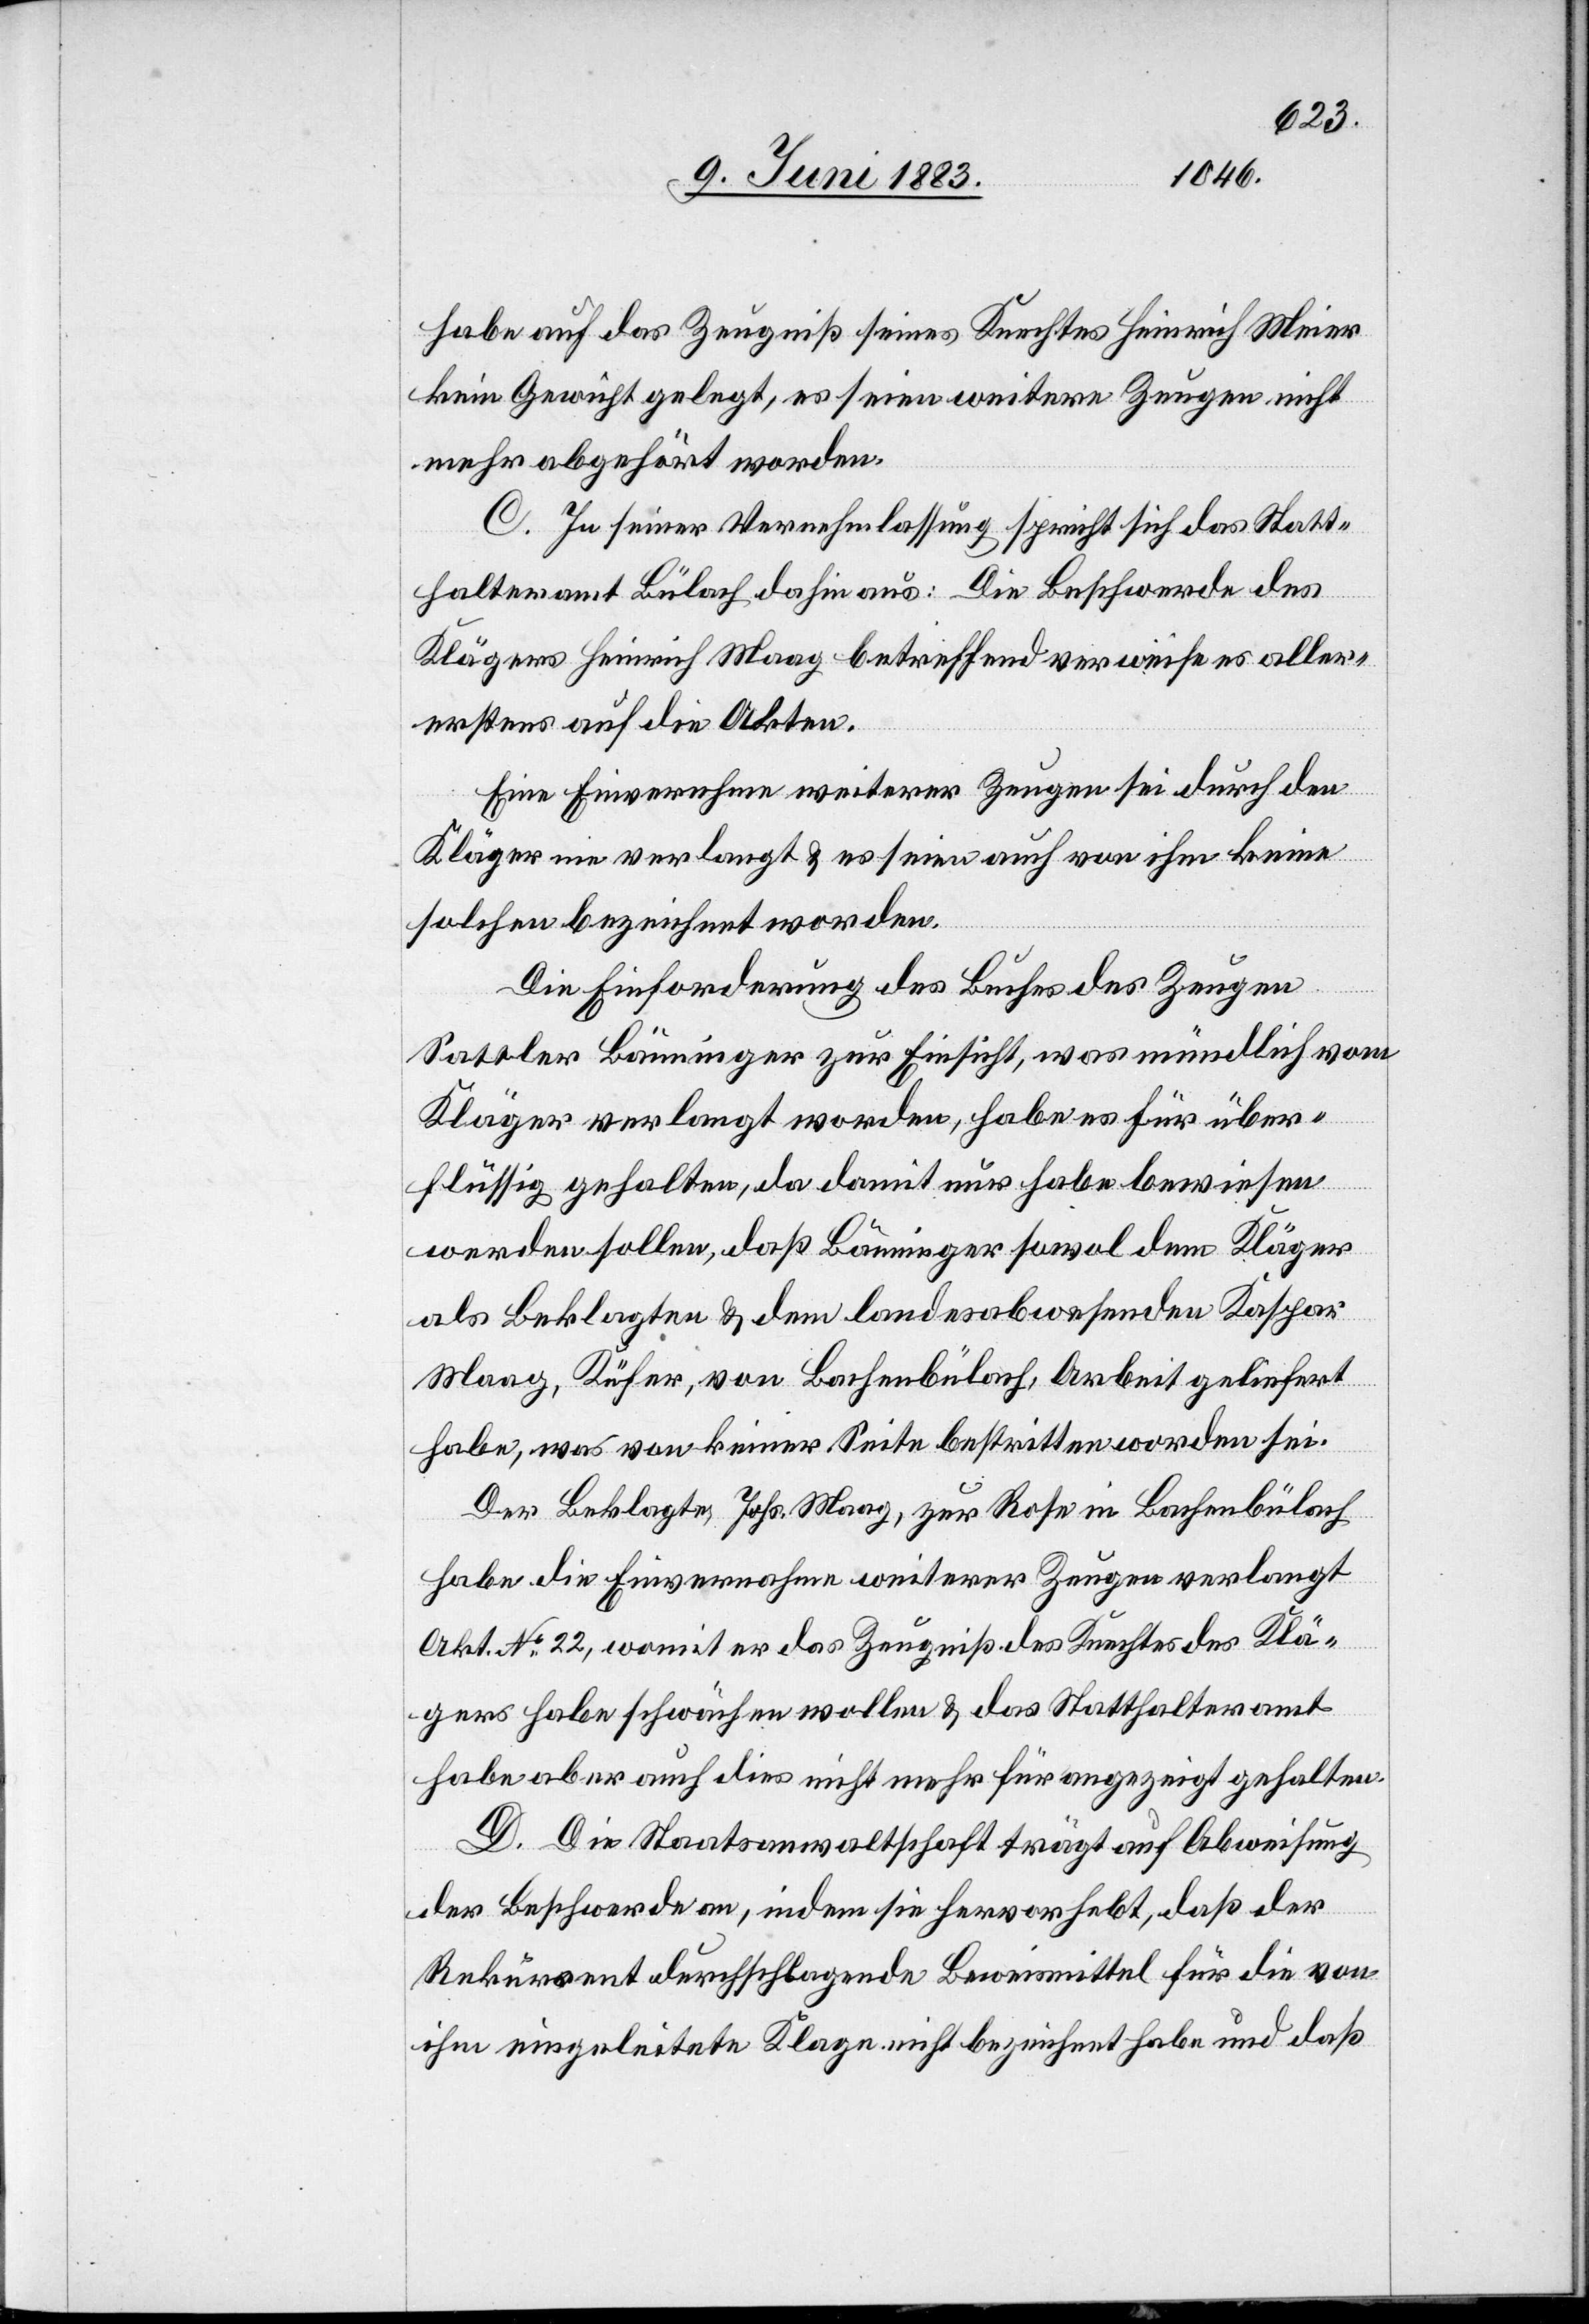
habe auf das Zeugniß seines Knechtes Heinrich Meier
kein Gewicht gelegt, es seien weitere Zeugen nicht
mehr abgehört worden.
C. In seiner Vernehmlassung spricht sich das Statt¬
halteramt Bülach dahin aus: Die Beschwerde des
Klägers Heinrich Maag betreffend verweise es aller¬
erstens auf die Akten.
Eine Einvernahme weiterer Zeugen sei durch den
Kläger nie verlangt & es seien auch von ihm keine
solchen bezeichnet worden.
Die Einforderung des Buches des Zeugen
Sattler Bänninger zur Einsicht, was mündlich vom
Kläger verlangt worden, habe es für über¬
flüssig gehalten, da damit nur habe bewiesen
werden sollen, daß Bänninger sowol dem Kläger
als Beklagten & dem landesabwesenden Kaspar
Maag, Küfer, von Bachenbülach, Arbeit geliefert
habe, was von keiner Seite bestritten worden sei.
Der Beklagte, Johs. Maag, zur Rose in Bachenbülach
habe die Einvernahme weiterer Zeugen verlangt
Akt. No 22, womit er das Zeugniß des Knechtes des Klä¬
gers habe schwächen wollen & das Statthalteramt
habe aber auch dies nicht mehr für angezeigt gehalten.
D. Die Staatsanwaltschaft trägt auf Abweisung
der Beschwerde an, indem sie hervorhebt, daß der
Rekurrent durchschlagende Beweismittel für die von
ihm eingeleitete Klage nicht bezeichnet habe und daß